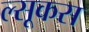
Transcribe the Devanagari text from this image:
ल्सूकस